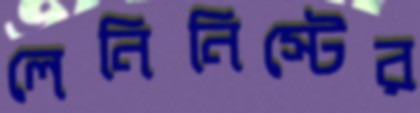
লেনিনিস্টের